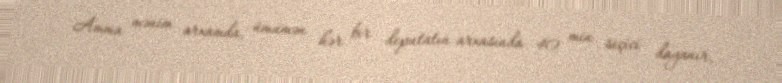
Amma mənim arxamda, ümumən hər bir deputatın arxasında 40 min seçici dayanır,